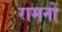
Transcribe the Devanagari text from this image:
रामनों